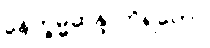
နေက္ခမ္မဆန္ဒာဘိရတော